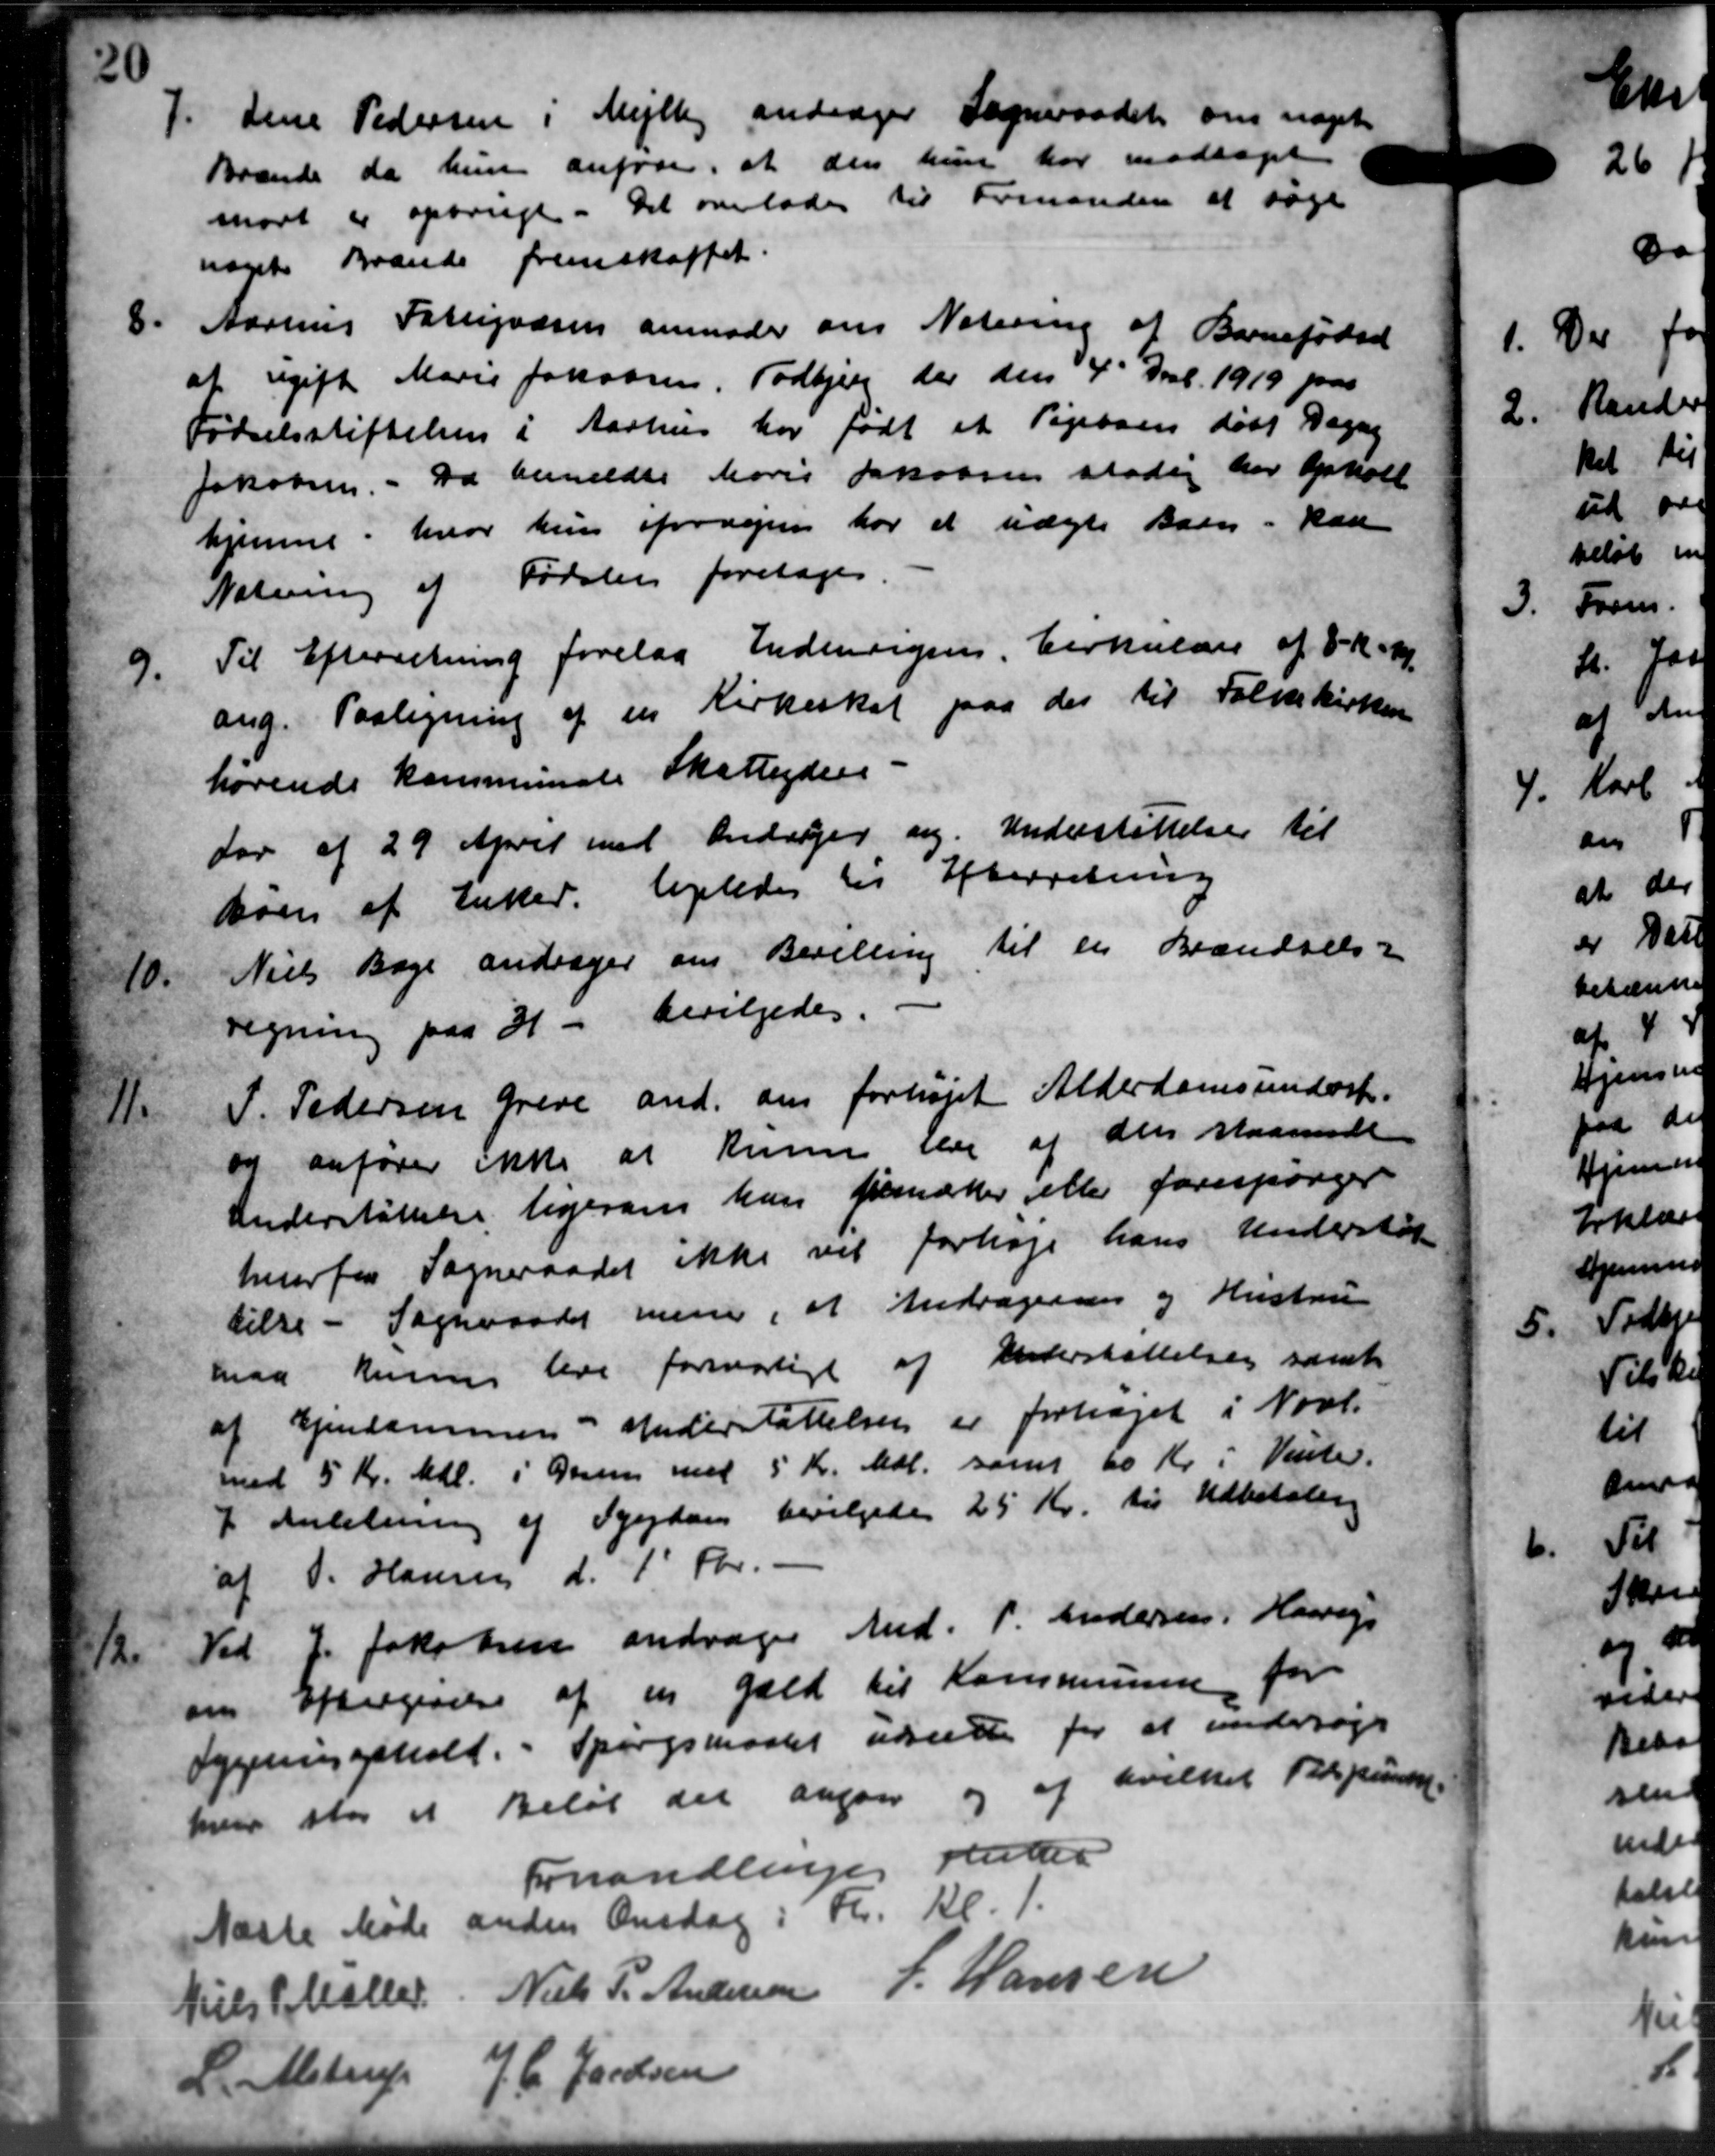
Transskription:
7.
Line Pedersen i Mejlby andrager Sogneraadet om et
Brænde da hun anfører, at den hun har modtaget
mort er opbrugt. Det overlades til Formanden at søge
noget Brænde fremskaffet.
8.
Aarhus Fattigvæsen anmoder om Notering af Barnefødsel
af ugift Marie Jakobsen, Todbjerg der den 4' Decb. 1919 paa
Fødselsstiftelsen i Aarhus har født et Pigebaen døbt Dagny
Jakobsen. Da bemeldte Maris Jakobsen stadig har opholt
hjemme, hvor hun forvejen har et uægte Barn - kan
Natning af Fødslen foretoges
9.
Til Efterretning forelaa Indenrigens Cirkulære af 8 Kr. K.
ang. Paaligning af en Kirkeskat paa der til Folkekirken
hørende kommunale Skatteydere
Lov af 29 April med Andrager sig. Understøttelse til
søen af Enker, ligeledes til Efterretning
10.
Niels Bage andrager om Bevilling til en Brændsels-
regning paa 3 - bevilgedes.
11.
P. Pedersen Greve and. om forhøjet Alderdomsunders.
og anfører ikke at kunne blev af den staaende
Understøttelse ligesom han fremærker eller forespørger
hvorfor Sogneraadet ikke vil forhøje hans Understøt
tilse - Sogneraadet mene, at Andragendes og Hustrue
maa kunne leve formatigt af Understøttelser samt
af Ejendommen i Understøttelsen er forhøjet i Novb.
med 5 Kr. Mdl. i Gang med 5 Kr. Mdl. samt 60 Kr i Vinte.
i Anledning af Sygdom bevilgedes 25 Kr. til Udbetaling
af P. Hansen d. 1 Kr. -
1/2
Ved J. Jakobsen andrager Md. P. Andersen, Haarup
om Eftergivelse af en Gæld til Kommunen for
Sygningshold. - Spørgsmaalet udsætte for at undersøge
hver stor et Beløb der angaar og af hvilket Repunkt
Forhandlinger Ander
Næste Møde anden Onsdag i K. Kl. 1.
Niels P. Møller
Niels P. Andersen
J. Hansen
L. Alstrup
J.C. Jacobsen